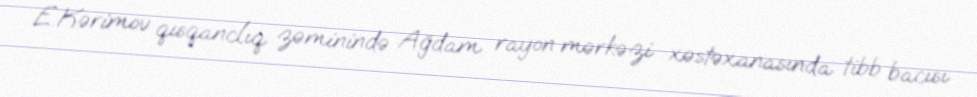
E.Kərimov qısqanclıq zəminində Ağdam rayon mərkəzi xəstəxanasında tibb bacısı